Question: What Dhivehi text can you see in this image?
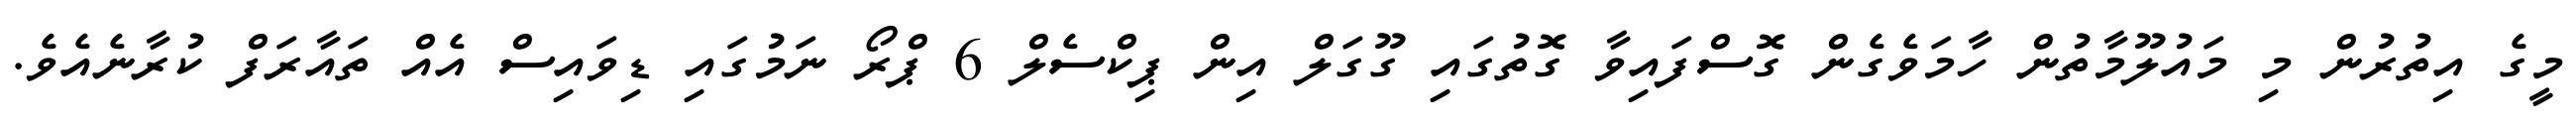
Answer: މީގެ އިތުރުން މި މައުލޫމާތުން ހާމަވެގެން ގޮސްފައިވާ ގޮތުގައި ގޫގަލް އިން ޕިކްސެލް 6 ޕްރޯ ނަމުގައި ޑިވައިސް އެއް ތައާރަފް ކުރާނެއެވެ.